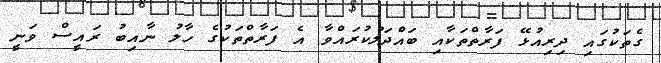
ގެތަކުގައި ދިރިއުޅޭ ފަރާތްތަކާއި ބައްދަލުކުރައްވާ އެ ފަރާތްތަކުގެ ހާލު ނާއިބު ރައީސް ވަނީ